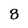
Character: 8